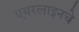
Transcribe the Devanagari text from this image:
एयरलाइनचे